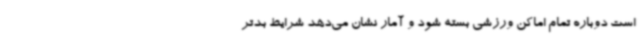
است دوباره تمام اماکن ورزشی بسته شود و آمار نشان می‌دهد شرایط بدتر